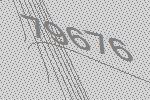
79676